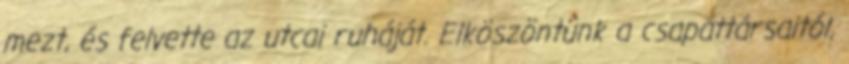
mezt, és felvette az utcai ruháját. Elköszöntünk a csapattársaitól,